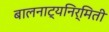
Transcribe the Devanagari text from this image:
बालनाट्यनिर्मिती